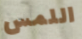
اللمس